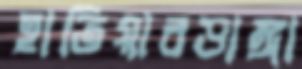
হাতিয়ারডাঙ্গা